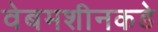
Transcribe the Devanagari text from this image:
वेबमशीनकडे